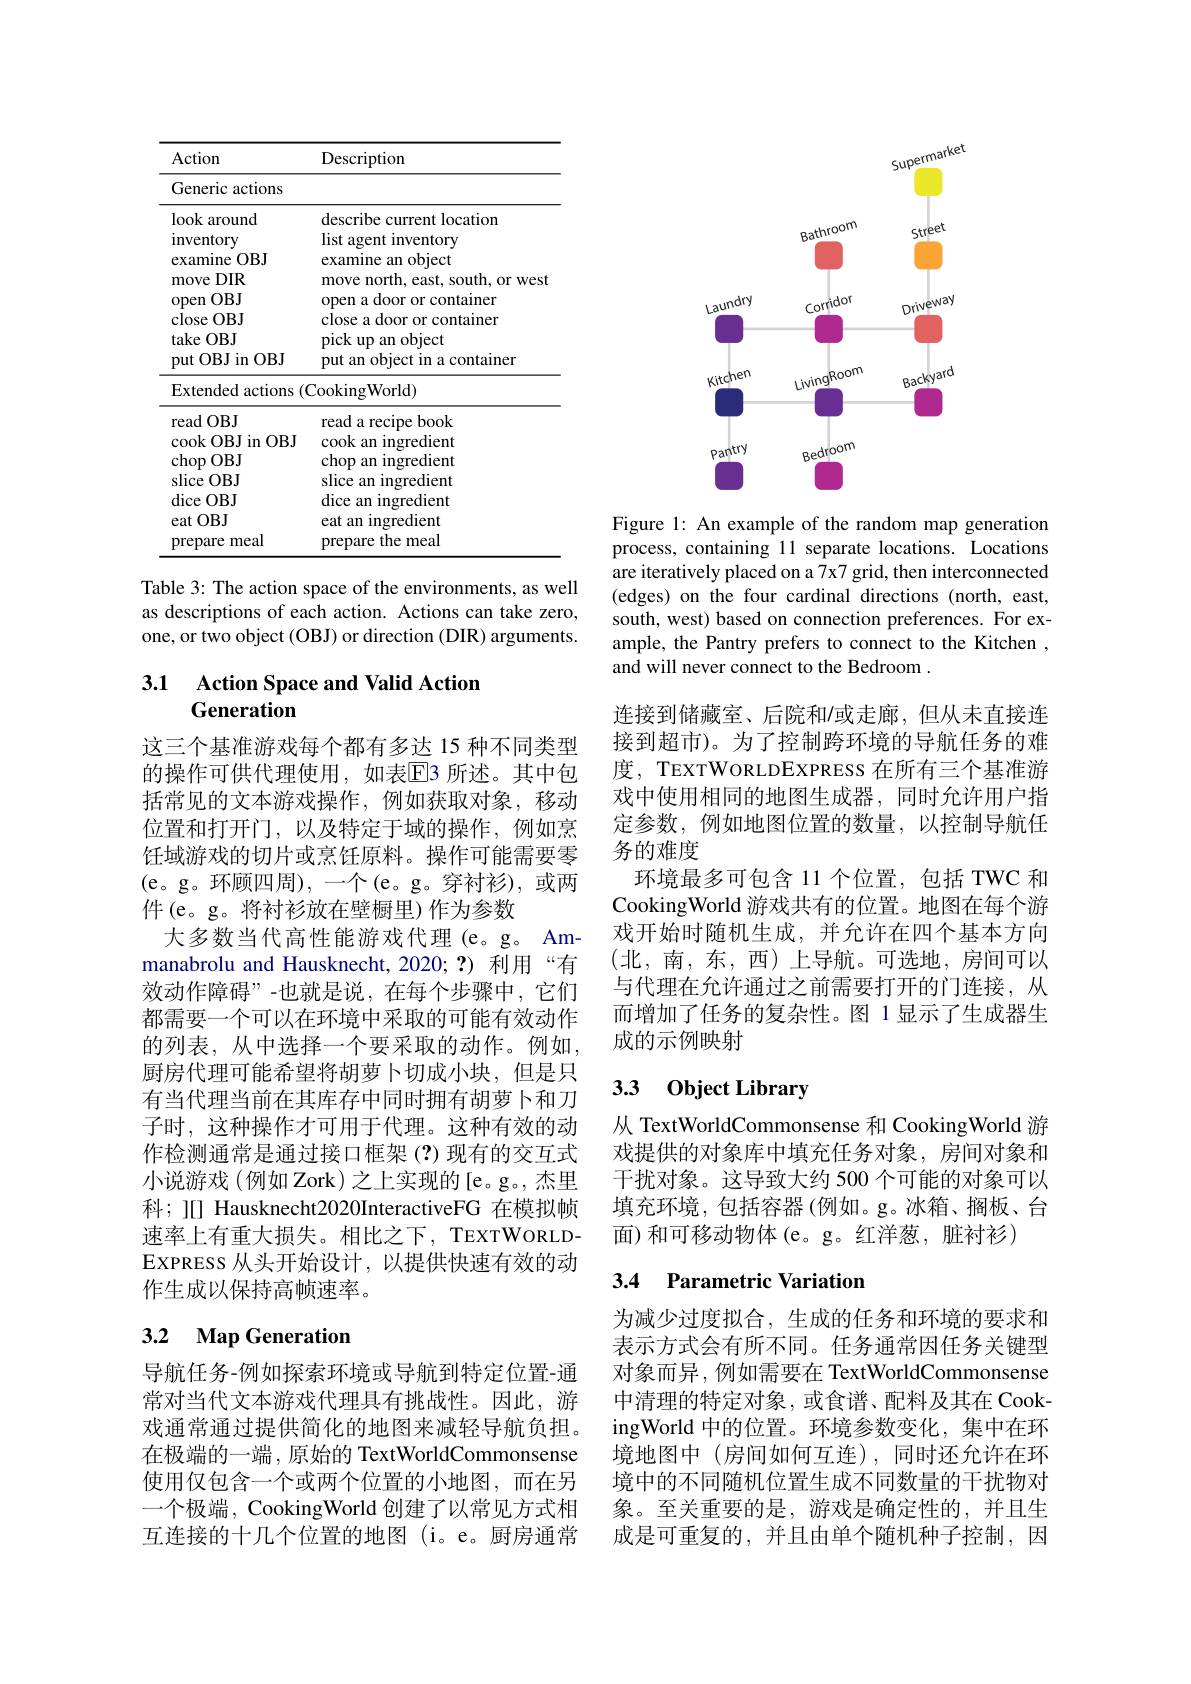
<table>
	<tbody>
		<tr>
			<th>Action</th>
			<th>Description</th>
		</tr>
		<tr>
			<td>Generic actions</td>
			<td> </td>
		</tr>
		<tr>
			<td>look around</td>
			<td>describe o current location</td>
		</tr>
		<tr>
			<td>inventory</td>
			<td>list agent inventory</td>
		</tr>
		<tr>
			<td>examine $OBJ$</td>
			<td>examine an object</td>
		</tr>
		<tr>
			<td>$DIR$ move</td>
			<td>move north, east, south, or west</td>
		</tr>
		<tr>
			<td>$OBJ$ open</td>
			<td>open a door or container</td>
		</tr>
		<tr>
			<td>close $OBJ$</td>
			<td>close a door or container</td>
		</tr>
		<tr>
			<td>take $:OBJ$</td>
			<td>pick up an object</td>
		</tr>
		<tr>
			<td>OBJ in OBJ put (</td>
			<td>put an obiect in a container</td>
		</tr>
		<tr>
			<td>Extended actions</td>
			<td>$\operatorname{CookingWorld})$</td>
		</tr>
		<tr>
			<td>read $OBJ$</td>
			<td>read a recipe book</td>
		</tr>
		<tr>
			<td>$\operatorname{cook}$OBJ in OBJ</td>
			<td>cook an ingredient</td>
		</tr>
		<tr>
			<td>$\operatorname{chop}($ $OBJ$</td>
			<td>chop an ingredient</td>
		</tr>
		<tr>
			<td>slice $OBJ$</td>
			<td>slice an ingredient</td>
		</tr>
		<tr>
			<td>dice $:OBJ$</td>
			<td>dice an ingredient</td>
		</tr>
		<tr>
			<td>eat $OBJ$</td>
			<td>eat an ingredient</td>
		</tr>
		<tr>
			<td>meal prepare </td>
			<td>prepare the meal</td>
		</tr>
	</tbody>
</table>
Table 3: The action space of the environments, as well

as descriptions of each action. Actions can take zero, one, or two object (OBJ) or direction (DIR) arguments.

## 3.1 Action Space and Valid Action Generation

这三个基准游戏每个都有多达 15 种不同类型的操作可供代理使用，如表$\overline{\mathrm{E}}$3 所述。其中包括常见的文本游戏操作，例如获取对象，移动位置和打开门，以及特定于域的操作，例如烹饪域游戏的切片或烹饪原料。操作可能需要零(e。g。环顾四周),一个(e。g。穿衬衫),或两件(e。g。将衬衫放在壁橱里)作为参数
大多数当代高性能游戏代理 (e。g。Ammanabrolu and Hausknecht,2020;?) 利用“有效动作障碍”-也就是说，在每个步骤中，它们都需要一个可以在环境中采取的可能有效动作的列表，从中选择一个要采取的动作。例如， 厨房代理可能希望将胡萝卜切成小块，但是只有当代理当前在其库存中同时拥有胡萝卜和刀子时，这种操作才可用于代理。这种有效的动作检测通常是通过接口框架(?)现有的交互式小说游戏(例如 Zork)之上实现的[e。g。,杰里科；][] Hausknecht2020InteractiveFG 在模拟帧速率上有重大损失。相比之下，TEXTWORLDEXPRESS从头开始设计，以提供快速有效的动作生成以保持高帧速率。

## 3.2 Map Generation

导航任务-例如探索环境或导航到特定位置-通常对当代文本游戏代理具有挑战性。因此，游戏通常通过提供简化的地图来减轻导航负担。在极端的一端，原始的 TextWorldCommonsense 使用仅包含一个或两个位置的小地图，而在另一个极端，CookingWorld 创建了以常见方式相互连接的十几个位置的地图(i。e。厨房通常

<FigureHere>

Figure 1: An example of the random map generation process, containing 11 separate locations. Locations are iteratively placed on a 7x7 grid, then interconnected (edges) on the four cardinal directions (north, east, south, west) based on connection preferences. For example, the Pantry prefers to connect to the Kitchen , and will never connect to the Bedroom .

连接到储藏室、后院和/或走廊，但从未直接连接到超市)。为了控制跨环境的导航任务的难度，TEXTWORLDEXPRESS 在所有三个基准游戏中使用相同的地图生成器，同时允许用户指定参数，例如地图位置的数量，以控制导航任务的难度
环境最多可包含 11 个位置，包括 TWC 和CookingWorld 游戏共有的位置。地图在每个游戏开始时随机生成，并允许在四个基本方向(北，南，东，西)上导航。可选地，房间可以与代理在允许通过之前需要打开的门连接，从而增加了任务的复杂性。图 1显示了生成器生成的示例映射

# 3.3 Object Library

从 TextWorldCommonsense 和 CookingWorld 游戏提供的对象库中填充任务对象，房间对象和干扰对象。这导致大约 500 个可能的对象可以填充环境，包括容器(例如。g。冰箱、搁板、台面)和可移动物体(e。g。红洋葱，脏衬衫)

## 3.4 Parametric Variation

为减少过度拟合，生成的任务和环境的要求和表示方式会有所不同。任务通常因任务关键型对象而异，例如需要在 TextWorldCommonsense 中清理的特定对象，或食谱、配料及其在 CookingWorld 中的位置。环境参数变化，集中在环境地图中(房间如何互连),同时还允许在环境中的不同随机位置生成不同数量的干扰物对象。至关重要的是，游戏是确定性的，并且生成是可重复的，并且由单个随机种子控制，因